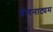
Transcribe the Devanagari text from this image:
वीरनाट्यम